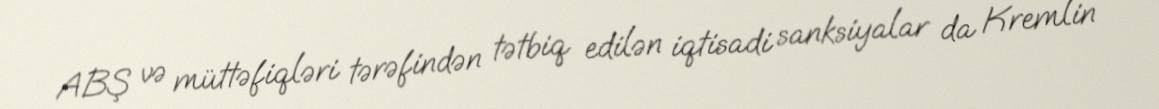
ABŞ və müttəfiqləri tərəfindən tətbiq edilən iqtisadi sanksiyalar da Kremlin